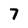
Character: 7